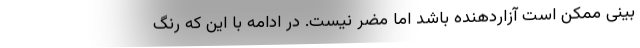
بینی ممکن است آزاردهنده باشد اما مضر نیست. در ادامه با این که رنگ